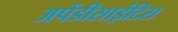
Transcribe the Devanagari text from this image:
अपेंडीसाईटिस